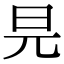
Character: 㫕